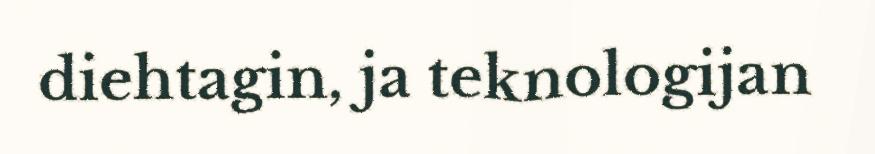
diehtagin, ja teknologijan